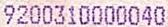
9200310000040